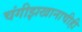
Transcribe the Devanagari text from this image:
चंगीझखानाचीही